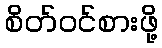
စိတ်ဝင်စားဖို့